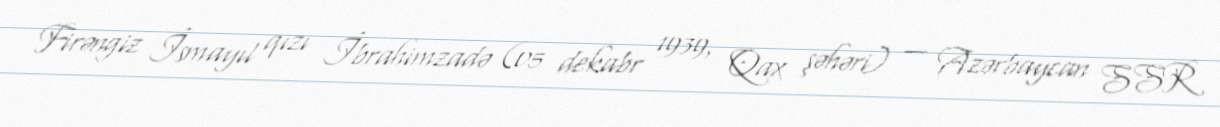
Firəngiz İsmayıl qızı İbrahimzadə (05 dekabr 1939, Qax şəhəri) — Azərbaycan SSR